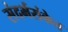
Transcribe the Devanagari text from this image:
संदर्भसंकेत